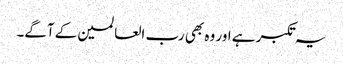
یہ تکبر ہے اور وہ بھی رب العالمین کے آگے۔